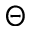
\Theta